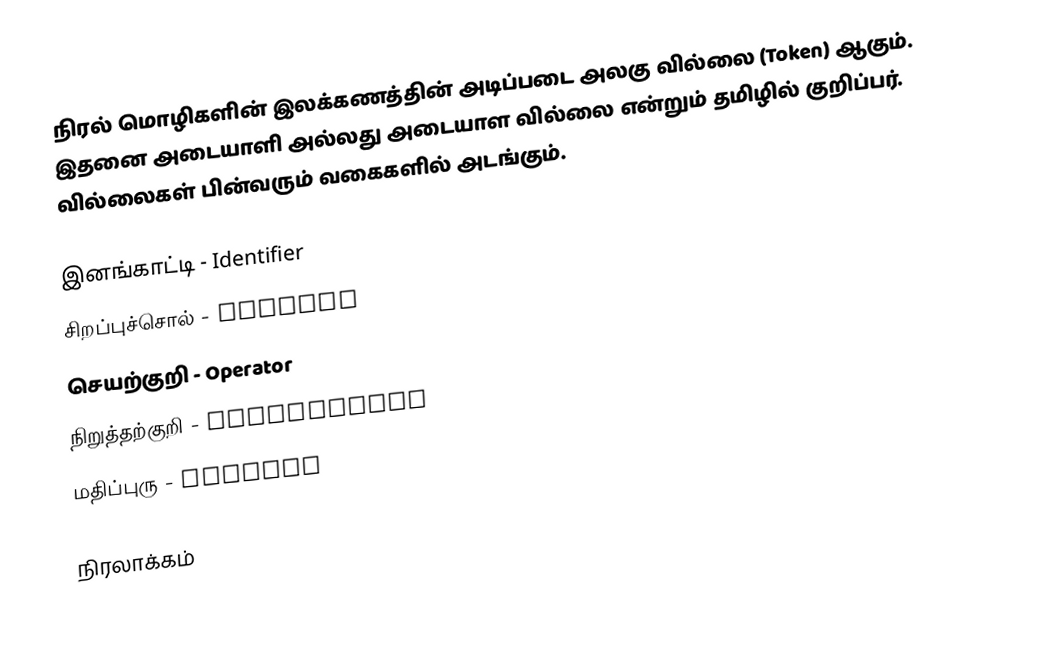
நிரல் மொழிகளின் இலக்கணத்தின் அடிப்படை அலகு வில்லை (Token) ஆகும்.  இதனை அடையாளி அல்லது அடையாள வில்லை என்றும் தமிழில் குறிப்பர்.  வில்லைகள் பின்வரும் வகைகளில் அடங்கும்.

 இனங்காட்டி - Identifier
 சிறப்புச்சொல் - Keyword
 செயற்குறி - Operator
 நிறுத்தற்குறி - Punctuation
 மதிப்புரு - Literal

நிரலாக்கம்